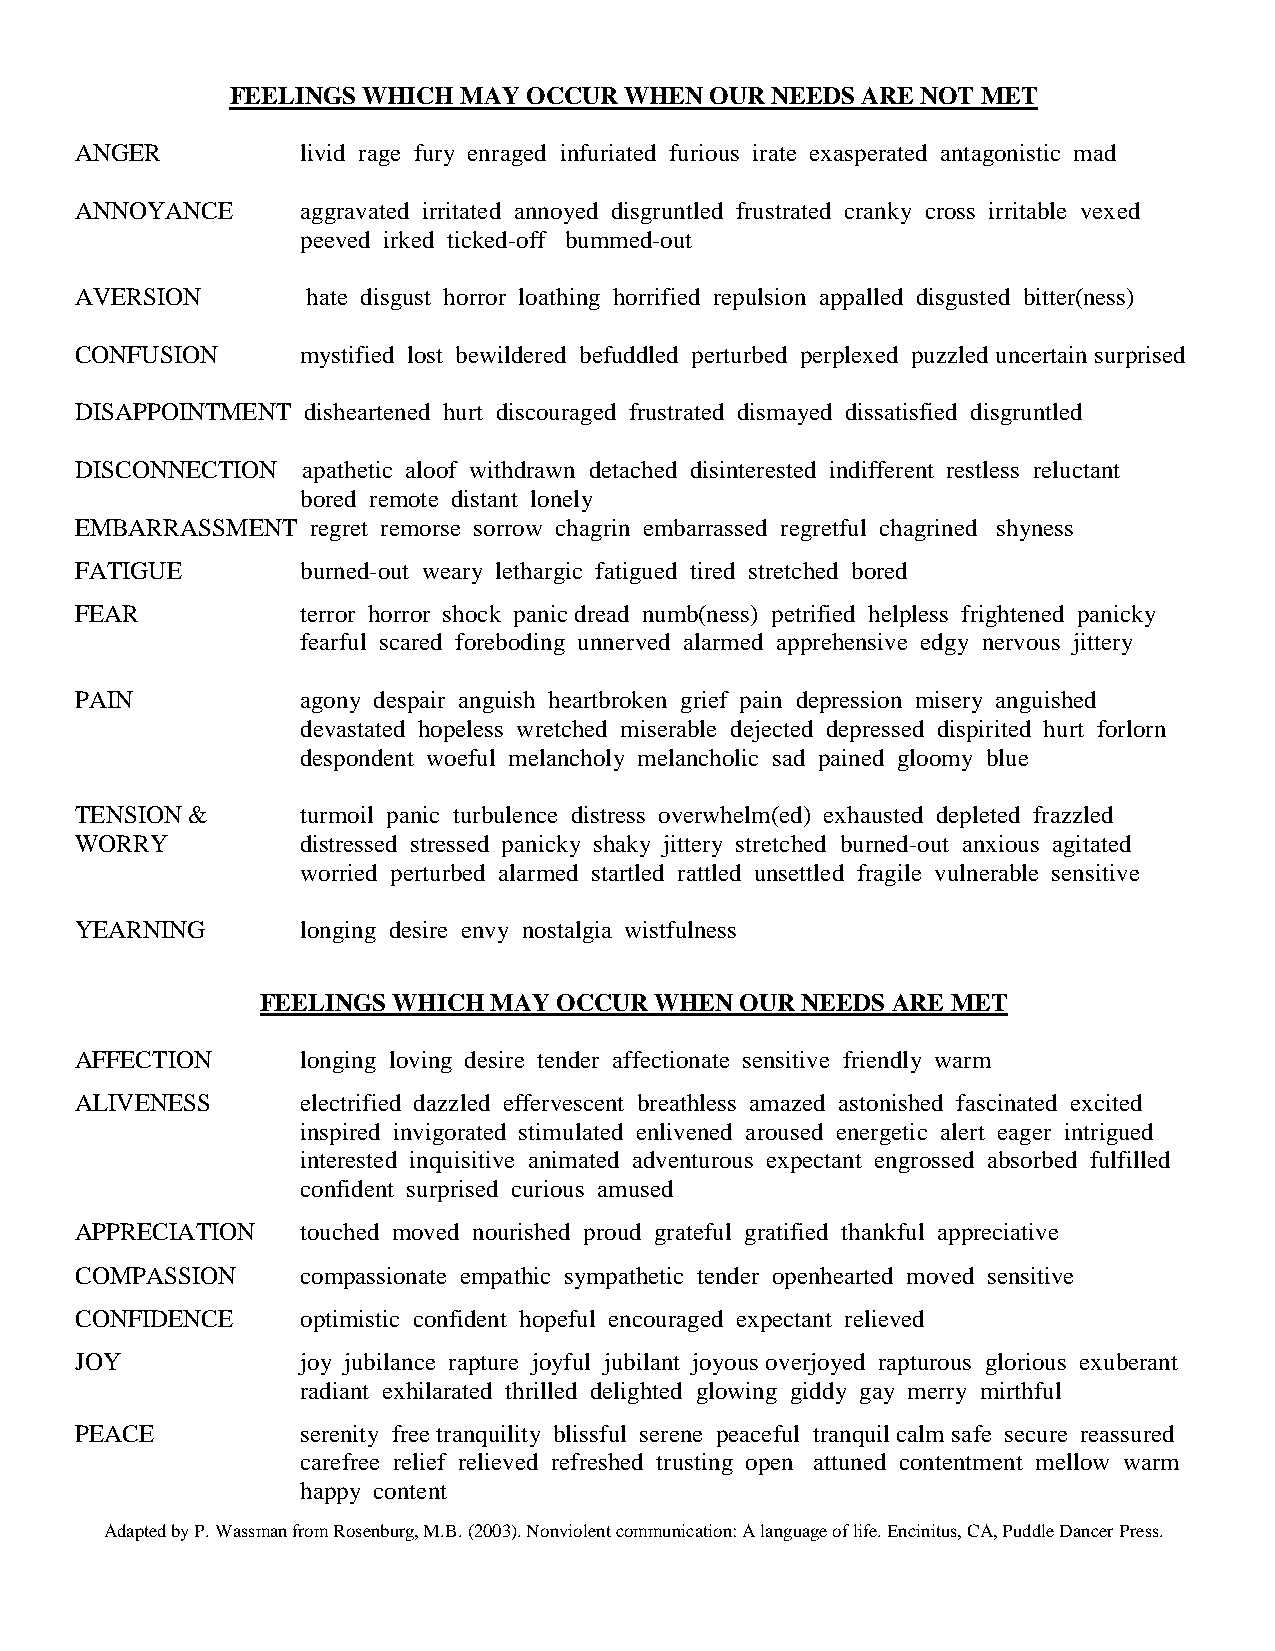
FEELINGS WHICH MAY  OCCUR WHEN  OUR NEEDS ARE NOT MET
 ANGER          livid rage fury enraged infuriated furious irate exasperated antagonistic mad
 ANNOYANCE      aggravated irritated annoyed disgruntled frustrated cranky cross irritable vexed
 peeved irked ticked-off bummed-out
 AVERSION       hate disgust horror loathing horrified repulsion appalled disgusted bitter(ness)
 CONFUSION      mystified lost bewildered befuddled perturbed perplexed puzzled uncertain surprised
 DISAPPOINTMENT disheartened hurt discouraged frustrated dismayed dissatisfied disgruntled
 DISCONNECTION  apathetic aloof withdrawn detached disinterested indifferent restless reluctant
 bored remote distant lonely
 EMBARRASSMENT   regret remorse sorrow chagrin embarrassed regretful chagrined shyness
 FATIGUE        burned-out weary lethargic fatigued tired stretched bored
 FEAR           terror horror shock panic dread numb(ness) petrified helpless frightened panicky
 fearful scared foreboding unnerved alarmed apprehensive edgy nervous jittery
 PAIN           agony despair anguish heartbroken grief pain depression misery anguished
 devastated hopeless wretched miserable dejected depressed dispirited hurt forlorn
 despondent woeful melancholy melancholic sad pained gloomy blue
 TENSION &      turmoil panic turbulence distress overwhelm(ed) exhausted depleted frazzled
 WORRY          distressed stressed panicky shaky jittery stretched burned-out anxious agitated
 worried perturbed alarmed startled rattled unsettled fragile vulnerable sensitive
 YEARNING       longing desire envy nostalgia wistfulness
 FEELINGS WHICH MAY  OCCUR WHEN  OUR NEEDS ARE MET
 AFFECTION      longing loving desire tender affectionate sensitive friendly warm
 ALIVENESS      electrified dazzled effervescent breathless amazed astonished fascinated excited
 inspired invigorated stimulated enlivened aroused energetic alert eager intrigued
 interested inquisitive animated adventurous expectant engrossed absorbed fulfilled
 confident surprised curious amused
 APPRECIATION   touched moved nourished proud grateful gratified thankful appreciative
 COMPASSION     compassionate empathic sympathetic tender openhearted moved sensitive
 CONFIDENCE     optimistic confident hopeful encouraged expectant relieved
 JOY            joy jubilance rapture joyful jubilant joyous overjoyed rapturous glorious exuberant
 radiant exhilarated thrilled delighted glowing giddy gay merry mirthful
 PEACE          serenity free tranquility blissful serene peaceful tranquil calm safe secure reassured
 carefree relief relieved refreshed trusting open attuned contentment mellow warm
 happy content
 Adapted by P. Wassman from Rosenburg, M.B. (2003). Nonviolent communication: A language of life. Encinitus, CA, Puddle Dancer Press.